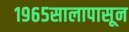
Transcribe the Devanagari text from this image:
१९६५सालापासून